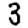
Digit: 3